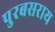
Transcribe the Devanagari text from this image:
पुरबसराय